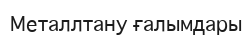
Металлтану ғалымдары